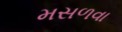
મસળવા